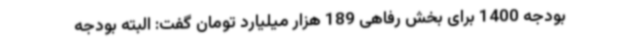
بودجه 1400 برای بخش رفاهی 189 هزار میلیارد تومان گفت: البته بودجه